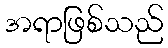
အရာဖြစ်သည်